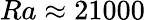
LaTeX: Ra\approx 21000